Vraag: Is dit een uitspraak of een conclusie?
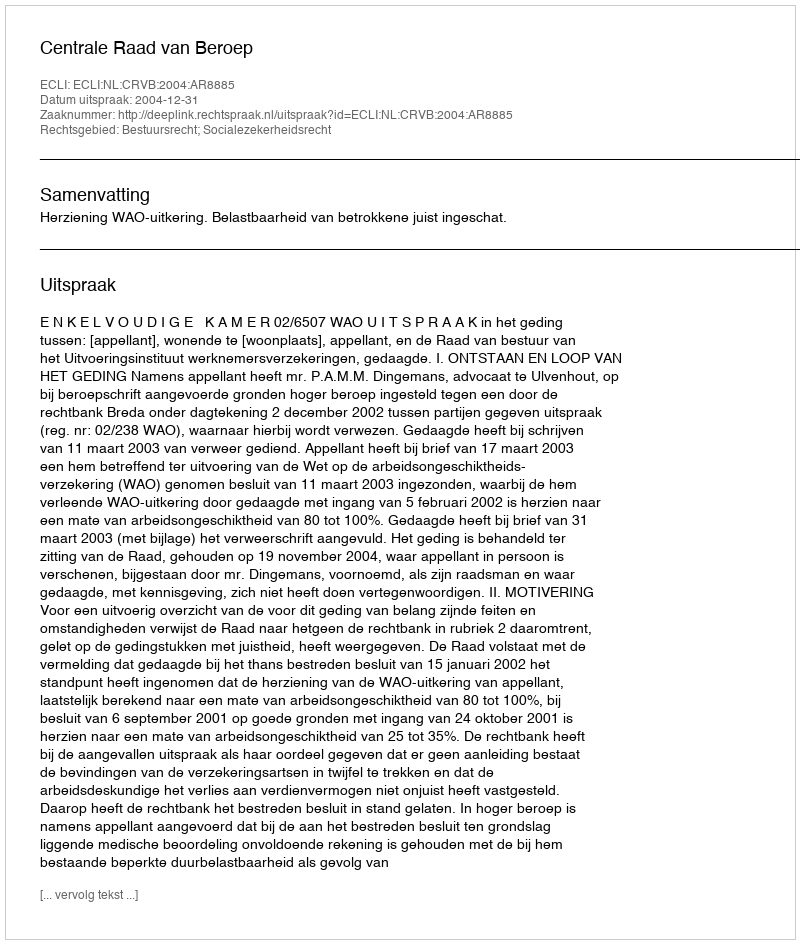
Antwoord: Uitspraak